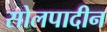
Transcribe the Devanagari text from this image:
सोलपादीन